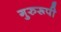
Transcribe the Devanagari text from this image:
गुरुरूपी